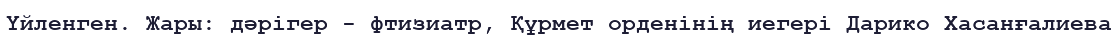
Үйленген. Жары: дәрігер - фтизиатр, Құрмет орденінің иегері Дарико Хасанғалиева